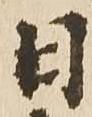
日